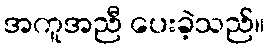
အကူအညီ ပေးခဲ့သည်။